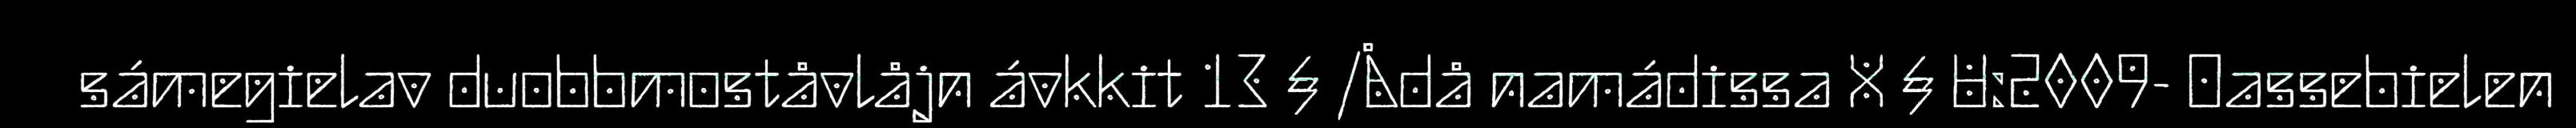
sámegielav duobbmoståvlåjn ávkkit 13 § /Ådå namádissa X § U:2009- Oassebielen